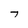
Character: T